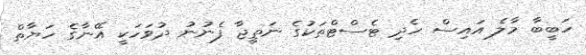
ހަބީބާ މާލެ އައިސް ހެދި ޓެސްޓްތަކުގެ ނަތީޖާ ފެނުނު ދުވަހަކީ އޭނާގެ ހަޔާތް